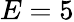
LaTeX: E=5